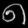
Digit: ၈